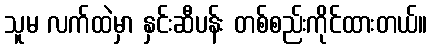
သူမ လက်ထဲမှာ နှင်းဆီပန်း တစ်စည်းကိုင်ထားတယ်။